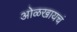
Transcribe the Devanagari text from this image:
ओळखायचं